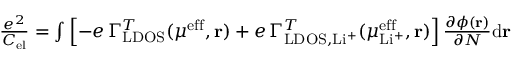
\begin{array} { r } { \frac { e ^ { 2 } } { C _ { \mathrm { e l } } } = \int \left[ - e \, \Gamma _ { \mathrm { L D O S } } ^ { T } ( \mu ^ { \mathrm { e f f } } , \mathbf { r } ) + e \, \Gamma _ { \mathrm { L D O S } , \mathrm { L i ^ { + } } } ^ { T } ( \mu _ { \mathrm { L i ^ { + } } } ^ { \mathrm { e f f } } , \mathbf { r } ) \right] \frac { \partial \phi ( \mathbf { r } ) } { \partial N } \mathrm { d } \mathbf { r } } \end{array}